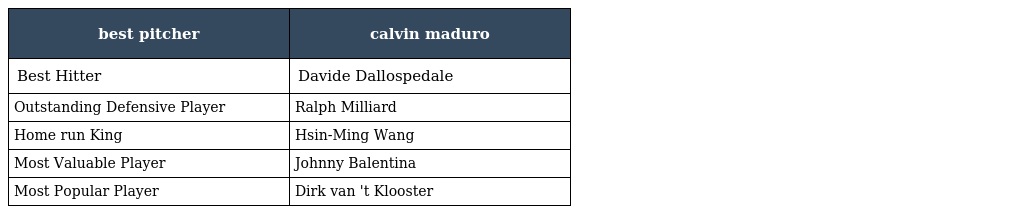
| best pitcher | calvin maduro |
 | --- | --- |
 | Best Hitter | Davide Dallospedale |
 | Outstanding Defensive Player | Ralph Milliard |
 | Home run King | Hsin-Ming Wang |
 | Most Valuable Player | Johnny Balentina |
 | Most Popular Player | Dirk van 't Klooster |